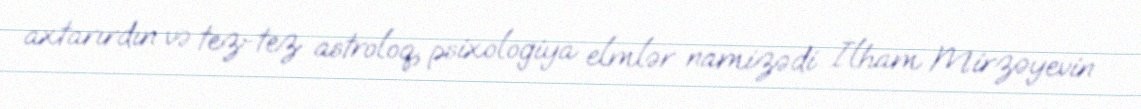
axtarırdın və tez-tez astroloq, psixologiya elmlər namizədi İlham Mirzəyevin